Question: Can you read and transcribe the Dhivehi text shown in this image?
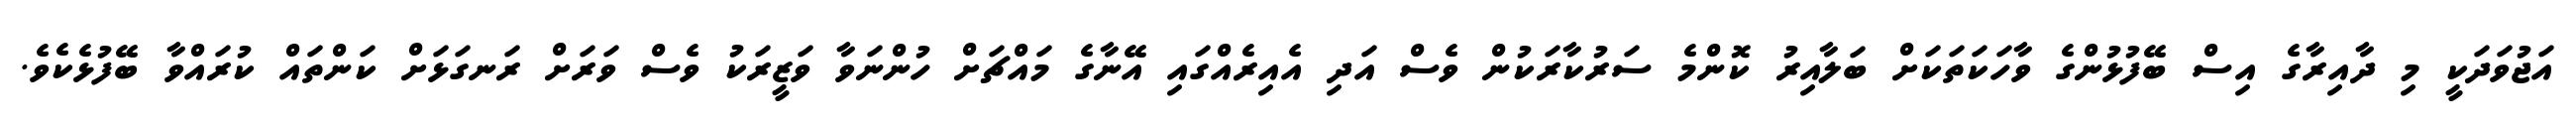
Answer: އަޖުވަދަކީ މި ދާއިރާގެ އިސް ބޭފުޅުންގެ ވާހަކަތަކަށް ބަލާއިރު ކޮންމެ ސަރުކާރަކުން ވެސް އަދި އެއިރެއްގައި އޭނާގެ މައްޗަށް ހުންނަވާ ވަޒީރަކު ވެސް ވަރަށް ރަނގަޅަށް ކަންތައް ކުރައްވާ ބޭފުޅެކެވެ.